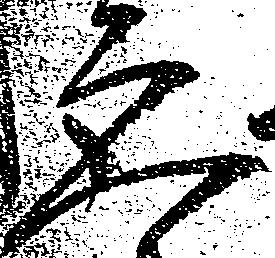
ゑ